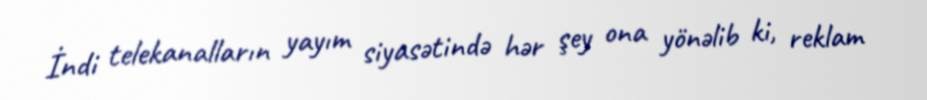
İndi telekanalların yayım siyasətində hər şey ona yönəlib ki, reklam